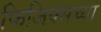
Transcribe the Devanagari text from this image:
फिजिक्सच्या